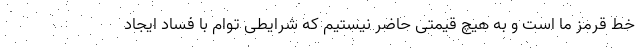
خط قرمز ما است و به هیچ قیمتی حاضر نیستیم که شرایطی توام با فساد ایجاد